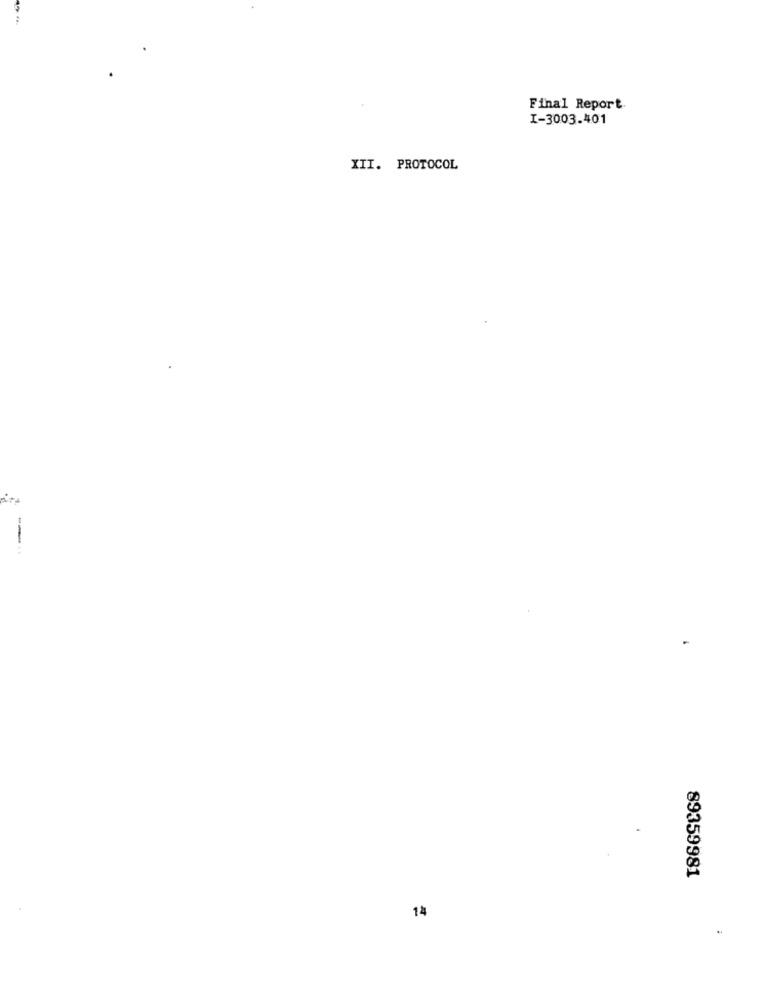
---
Final Report
I-3003.401
XII. PROTOCOL
--
89359981
14